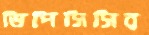
ডিপিসিসির